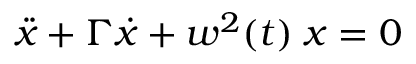
\ddot { x } + \Gamma \dot { x } + w ^ { 2 } ( t ) \; x = 0